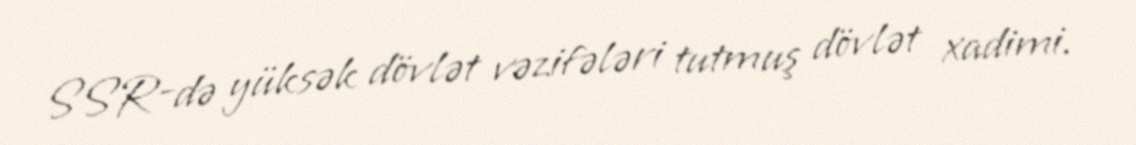
SSR-də yüksək dövlət vəzifələri tutmuş dövlət xadimi.